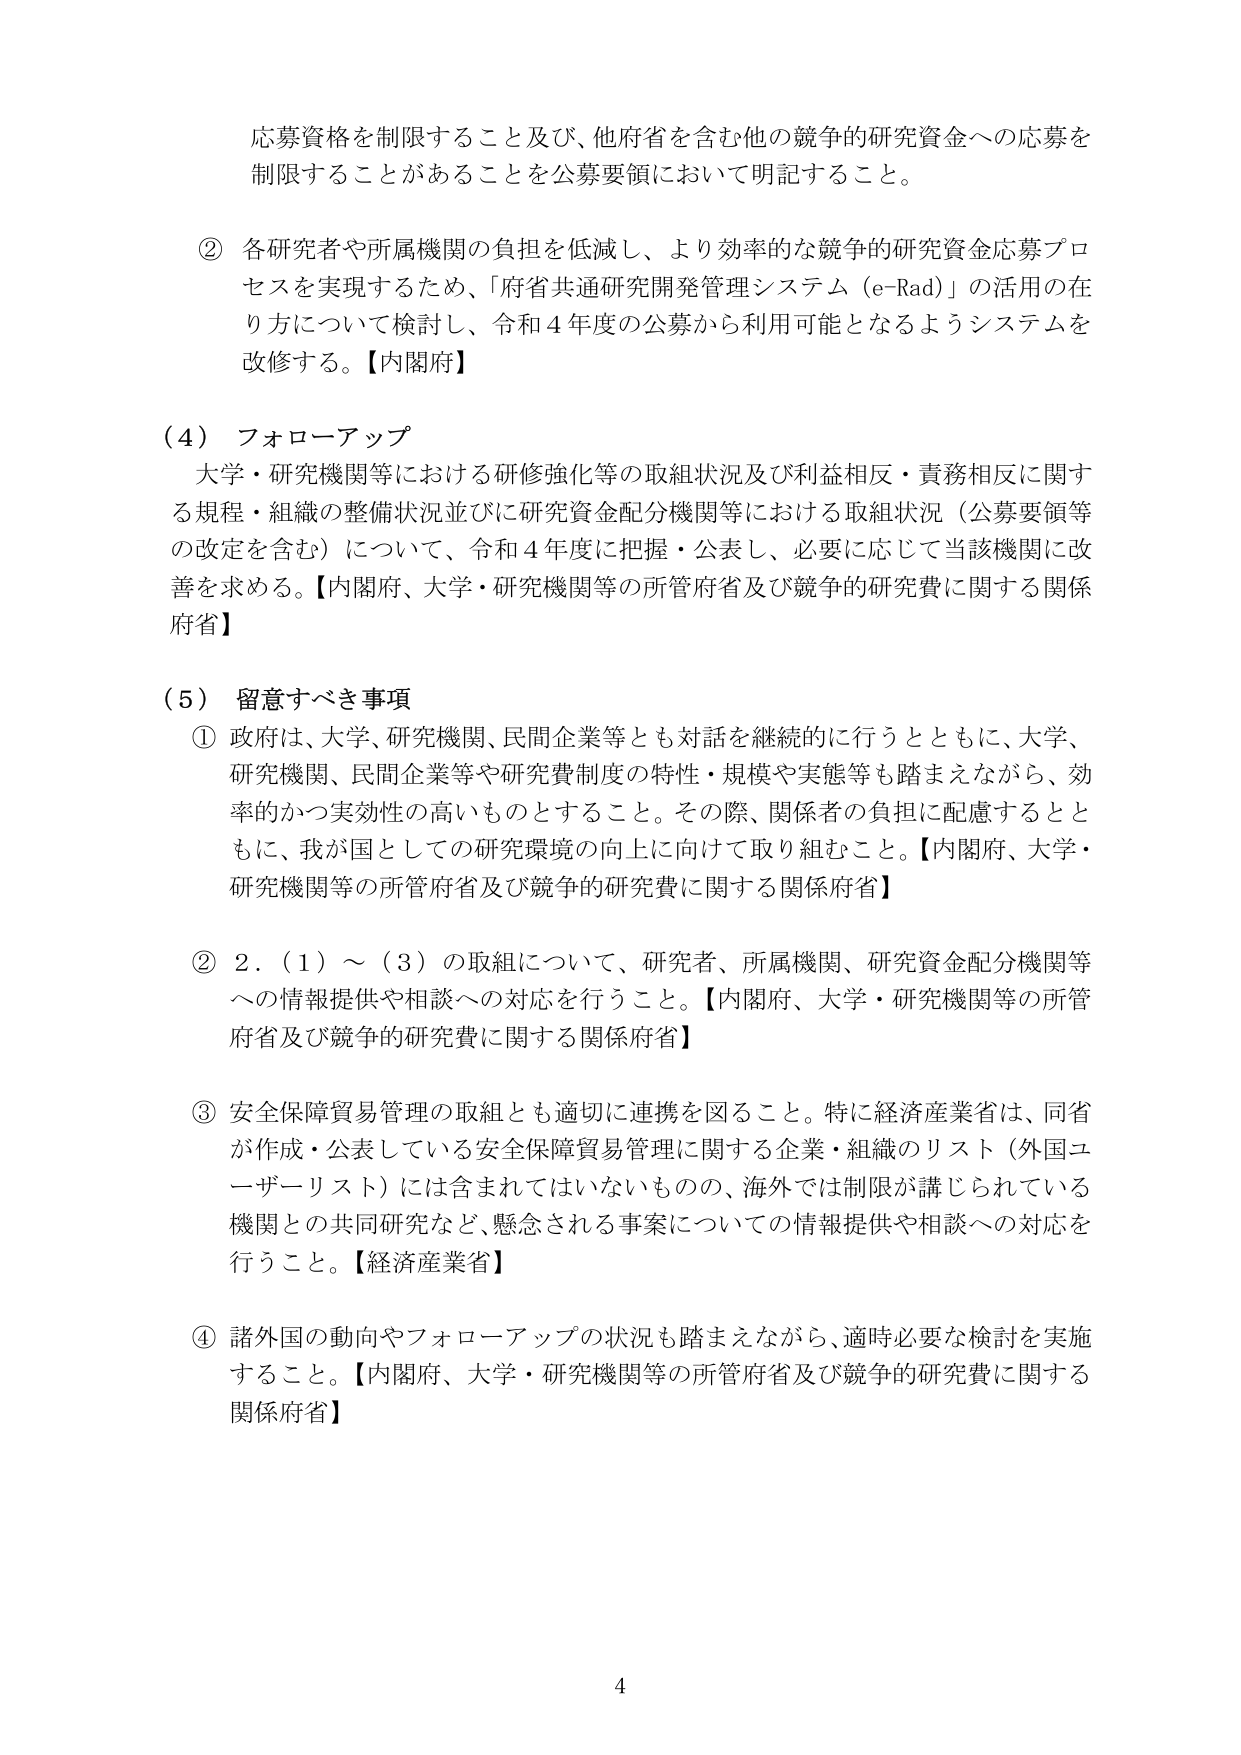
応募資格を制限すること及び、他府省を含む他の競争的研究資金への応募を制限することがあることを公募要領において明記すること。

② 各研究者や所属機関の負担を低減し、より効率的な競争的研究資金応募プロセスを実現するため、「府省共通研究開発管理システム（e-Rad）」の活用の在り方について検討し、令和４年度の公募から利用可能となるようシステムを改修する。【内閣府】

（４）フォローアップ
大学・研究機関等における研修強化等の取組状況及び利益相反・責務相反に関する規程・組織の整備状況並びに研究資金配分機関等における取組状況（公募要領等の改定を含む）について、令和４年度に把握・公表し、必要に応じて当該機関に改善を求める。【内閣府、大学・研究機関等の所管府省及び競争的研究費に関する関係府省】

（５）留意すべき事項
① 政府は、大学、研究機関、民間企業等とも対話を継続的に行うとともに、大学、研究機関、民間企業等や研究費制度の特性・規模や実態等も踏まえながら、効率的かつ実効性の高いものとすること。その際、関係者の負担に配慮するとともに、我が国としての研究環境の向上に向けて取り組むこと。【内閣府、大学・研究機関等の所管府省及び競争的研究費に関する関係府省】

② ２．（１）～（３）の取組について、研究者、所属機関、研究資金配分機関等への情報提供や相談への対応を行うこと。【内閣府、大学・研究機関等の所管府省及び競争的研究費に関する関係府省】

③ 安全保障貿易管理の取組とも適切に連携を図ること。特に経済産業省は、同省が作成・公表している安全保障貿易管理に関する企業・組織のリスト（外国ユーザー・リスト）には含まれてはいないものの、海外では制限が講じられている機関との共同研究など、懸念される事案についての情報提供や相談への対応を行うこと。【経済産業省】

④ 諸外国の動向やフォローアップの状況も踏まえながら、適時必要な検討を実施すること。【内閣府、大学・研究機関等の所管府省及び競争的研究費に関する関係府省】

4